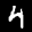
Label: 4